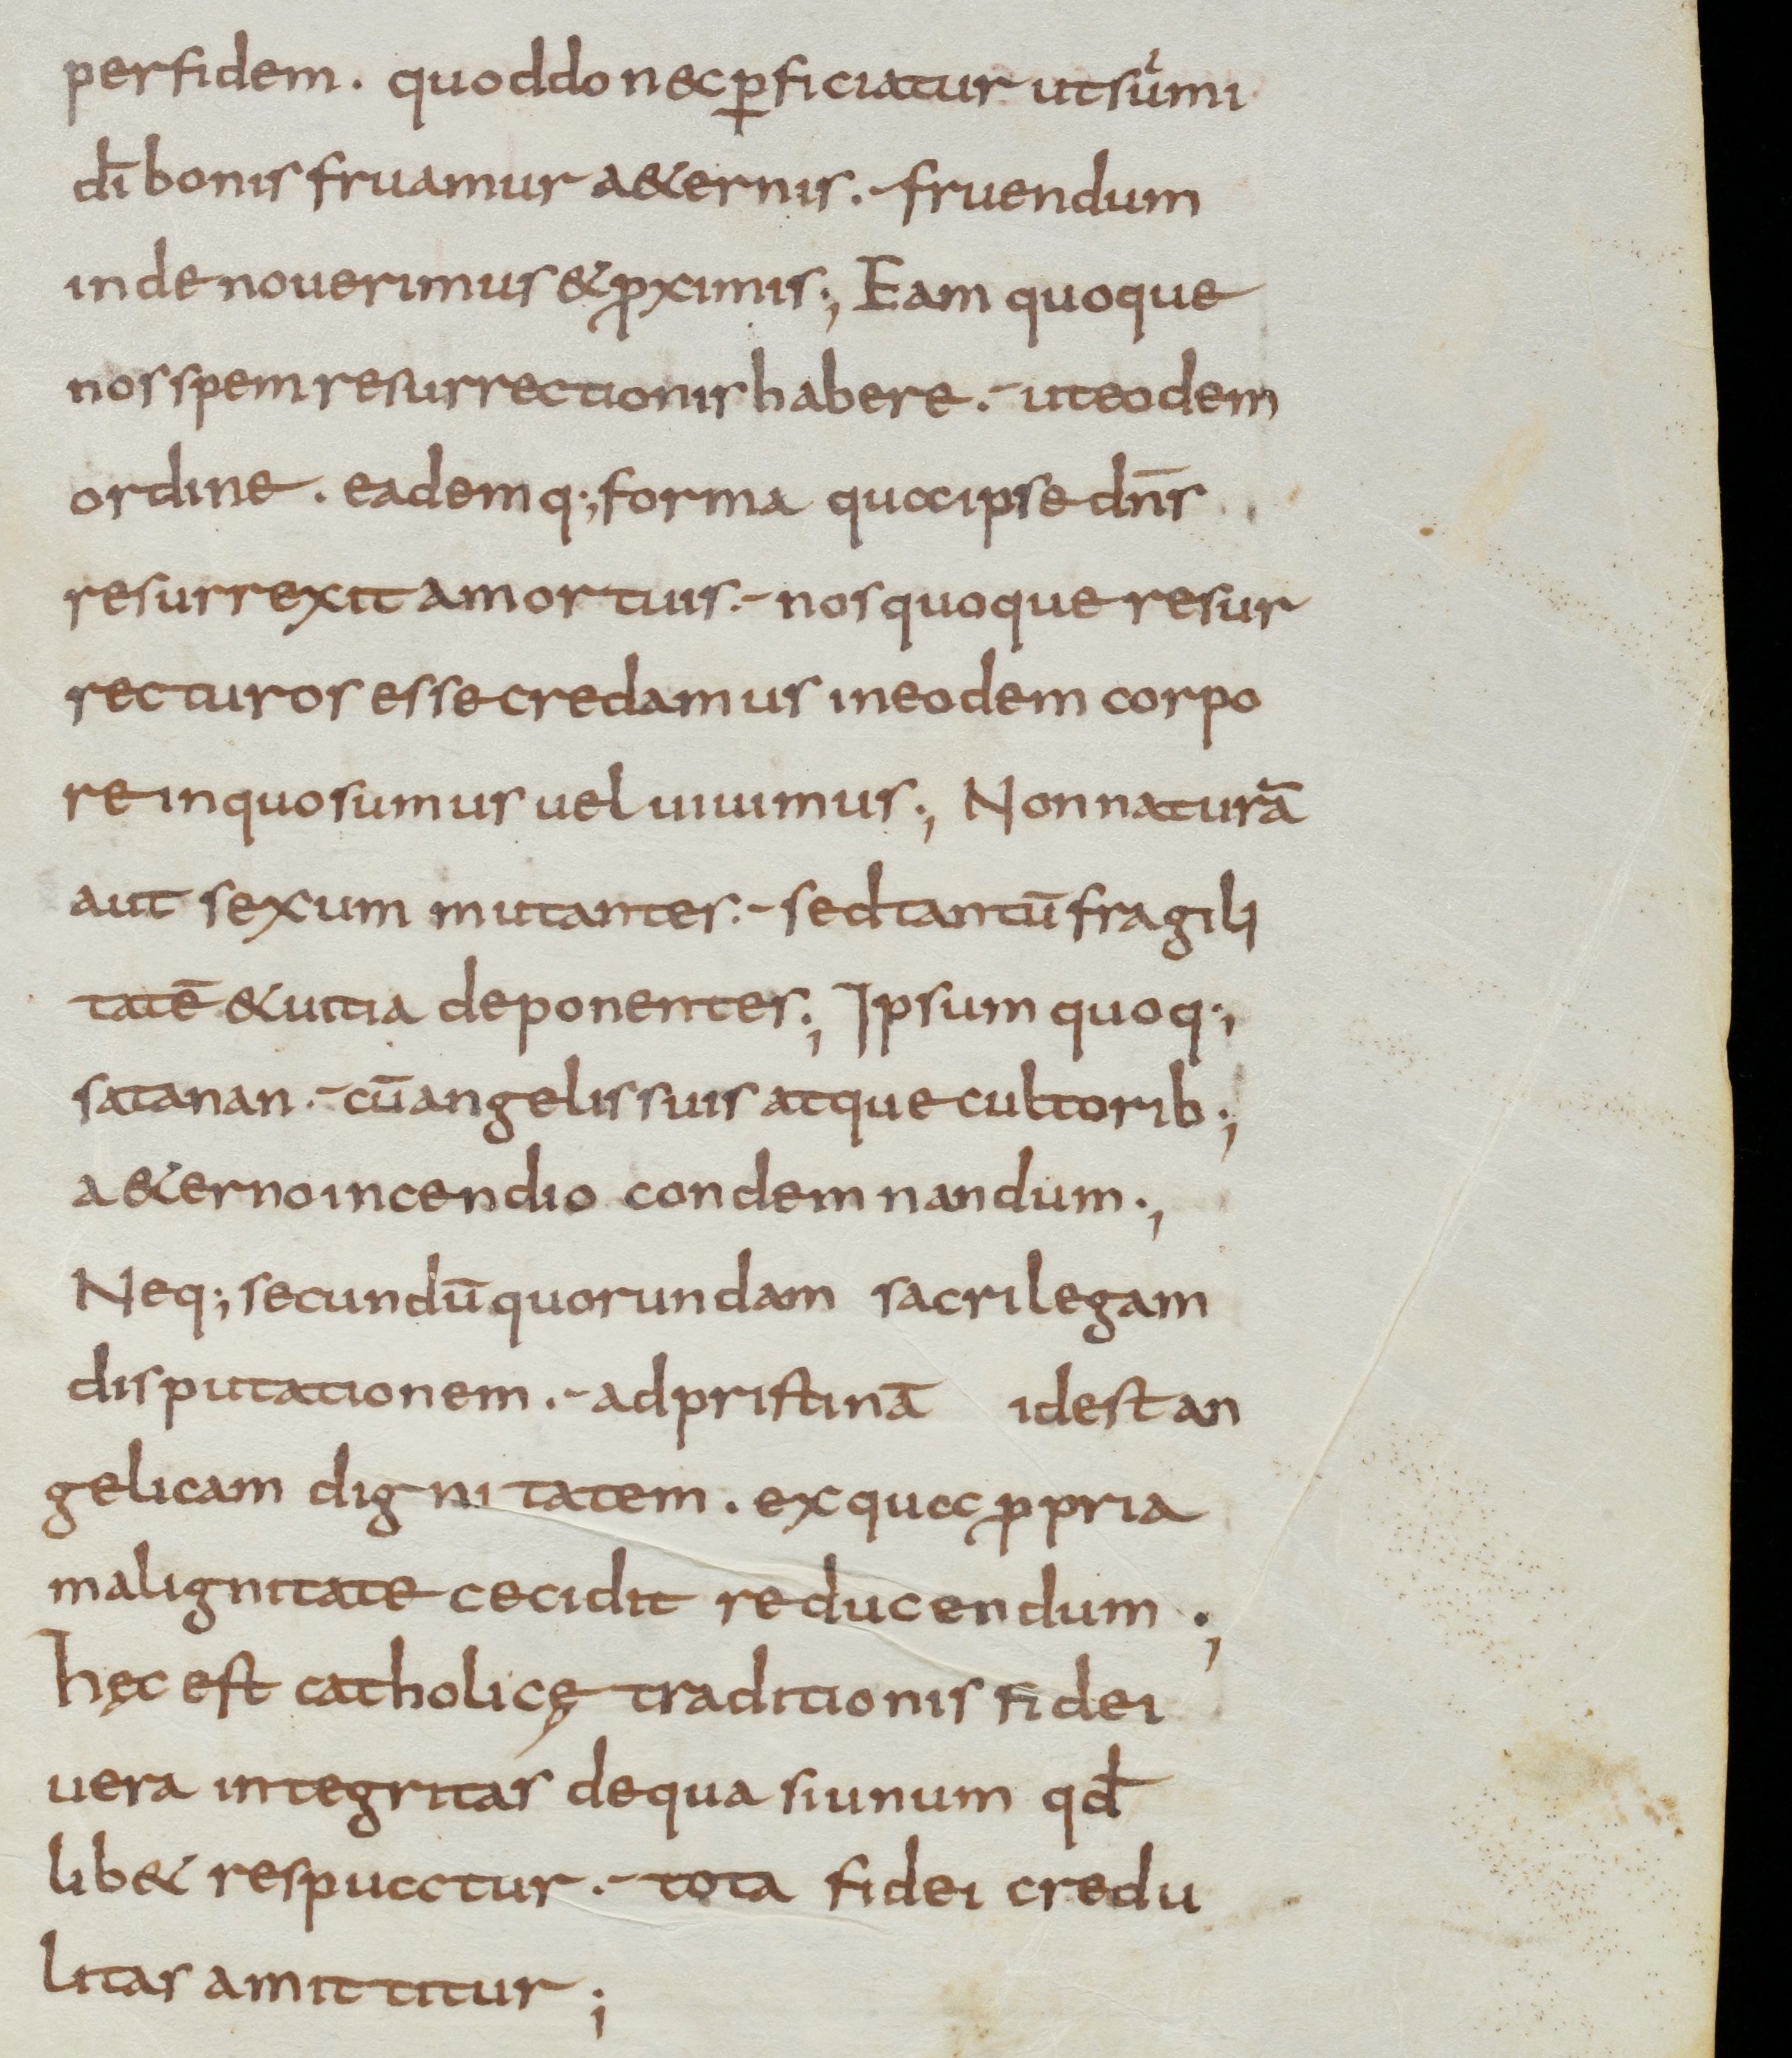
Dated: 800–899